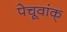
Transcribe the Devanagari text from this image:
पेचूवांक्